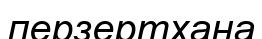
перзертхана